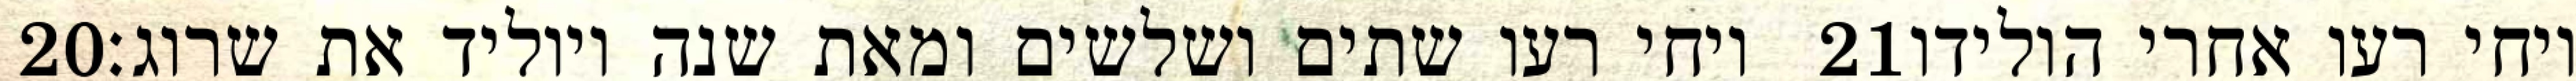
‎20‏ ויחי רעו שתים ושלשים ומאת שנה ויוליד את שרוג׃ ‎21‏ ויחי רעו אחרי הולידו